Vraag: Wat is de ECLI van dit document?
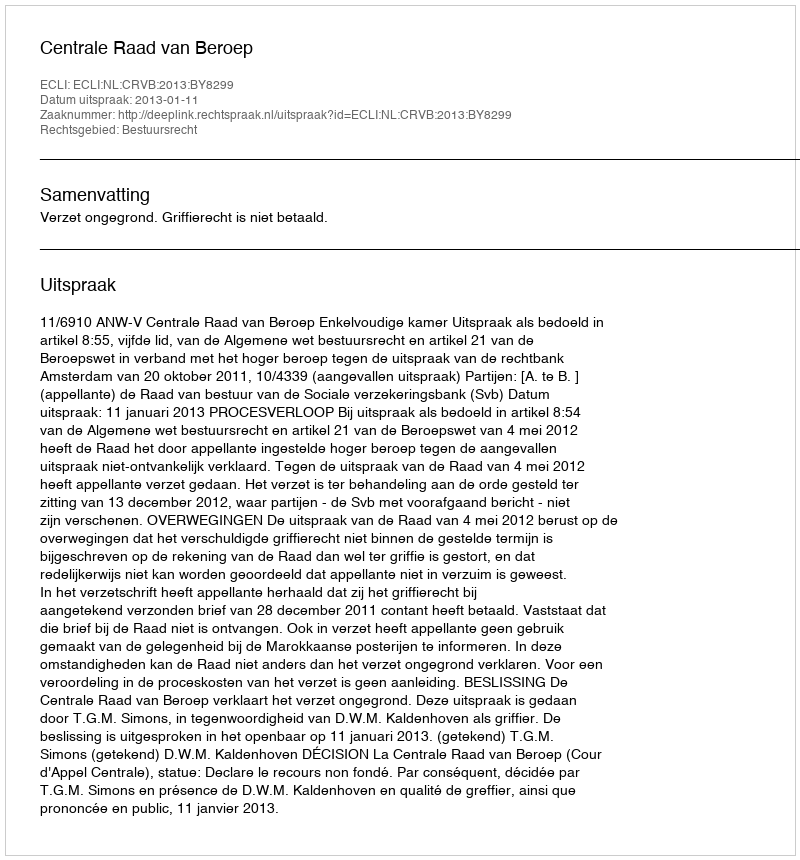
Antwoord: ECLI:NL:CRVB:2013:BY8299